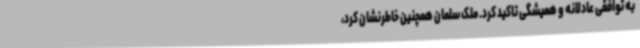
به توافقی عادلانه و همیشگی تاکید کرد. ملک سلمان همچنین خاطرنشان کرد،